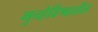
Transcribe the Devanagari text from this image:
गुन्हेविश्वातील